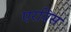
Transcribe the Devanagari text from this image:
एरविस